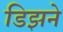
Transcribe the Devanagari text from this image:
डिझने